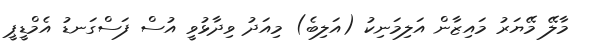
މާލޭ މޭޔަރު މައިޒާން އަލިމަނިކު (އަލިބެ) މިއަދު ވިދާޅުވީ އުސް ފަސްގަނޑު އެމްޑީޕީ